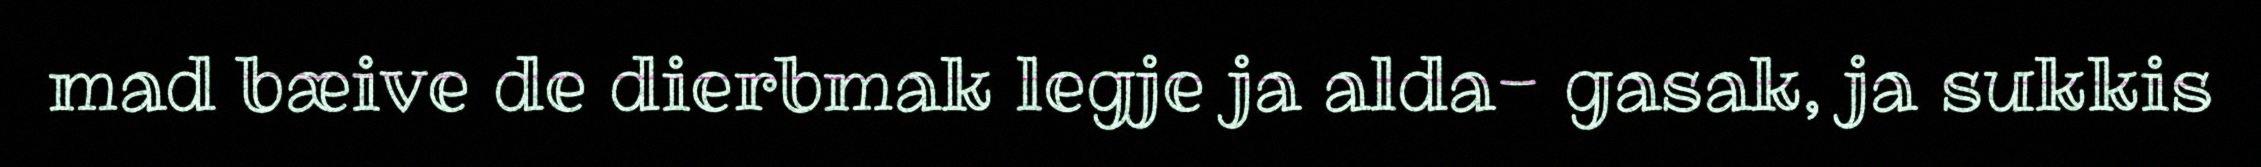
mad bæive de dierbmak legje ja alda- gasak, ja sukkis